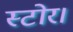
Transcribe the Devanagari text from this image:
स्टोर।